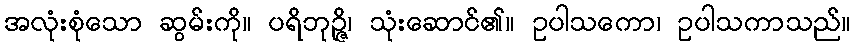
အလုံးစုံသော ဆွမ်းကို။ ပရိဘုဉ္ဇိ၊ သုံးဆောင်၏။ ဥပါသကော၊ ဥပါသကာသည်။